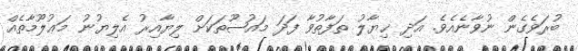
ބުރަވެގެން ނުވާނެއެވެ. އަދި ޚިޔާލު ތަފާތުވާ ފަދަ މައުޟޫތަކަށް ލިޔާއިރު އެލިޔުނު މަޢުލޫމާތެއް